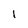
Character: 1